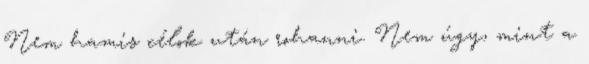
Nem hamis célok után rohanni. Nem úgy, mint a